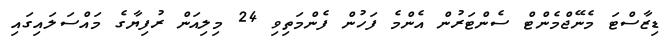
ޑިޒާސްޓަ މެނޭޖްމެންޓް ސެންޓަރުން އެންމެ ފަހުން ފެންމަތިވި 24 މިލިއަން ރުފިޔާގެ މައްސަލައިގައި